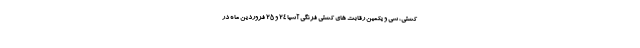
کشتی، سی و یکمین رقابت های کشتی فرنگی آسیا ۲۴ و ۲۵ فروردین ماه در